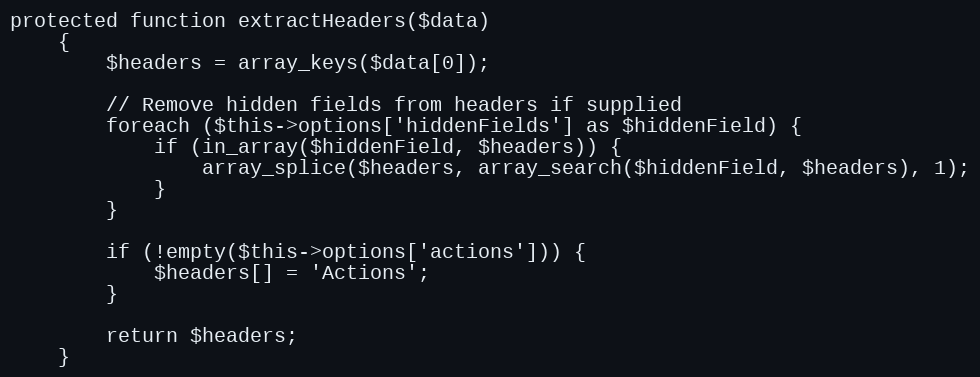
Language: PHP
protected function extractHeaders($data)
	{
		$headers = array_keys($data[0]);

		// Remove hidden fields from headers if supplied
		foreach ($this->options['hiddenFields'] as $hiddenField) {
			if (in_array($hiddenField, $headers)) {
				array_splice($headers, array_search($hiddenField, $headers), 1);
			}
		}

		if (!empty($this->options['actions'])) {
			$headers[] = 'Actions';
		}

		return $headers;
	}